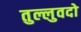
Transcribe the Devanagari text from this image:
तुल्लुवदो